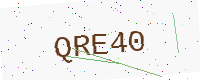
Text: QRE40